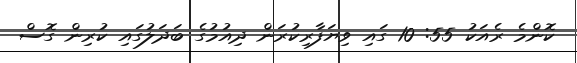
ކޮންމެ ރެއަކު 55: 10 ގައި ވިޔަފާރިކުރަން ދިއުމުގެ ބަދަލުގައި ކުރިން ގޮސް